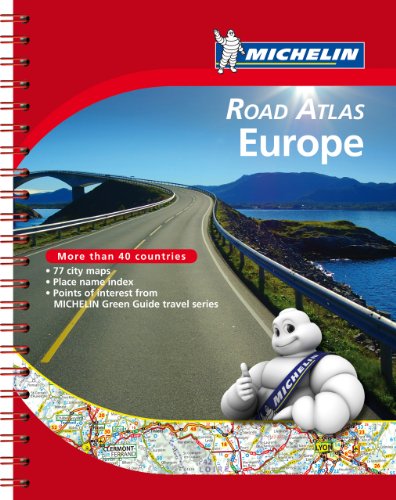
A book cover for Michelin Road Atlas Europe (Atlas (Michelin)); Paul Hamlyn; Travel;